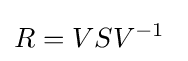
R=VSV^{-1}~